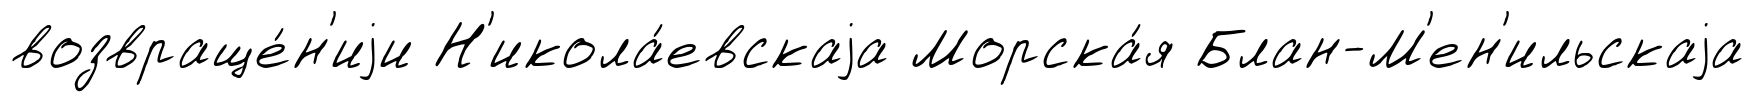
возвраще́н'иjи Н'икола́евскаjа Морска́я Блан-М'ен'ильскаjа